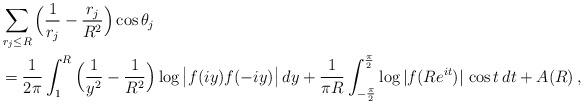
LaTeX: \begin{align*}& \sum_{r_j\le R} \Big(\frac{1}{r_j}-\frac{r_j}{R^2}\Big)\cos \theta_j \\& = \frac{1}{2\pi} \int_1^R \Big(\frac{1}{y^2}-\frac{1}{R^2}\Big)\log\big| f(iy)f(-iy)\big|\, dy + \frac{1}{\pi R} \int_{-\frac\pi2}^{\frac\pi2} \log | f(Re^{it})|\,\cos t\, dt +A(R) \,, \end{align*}